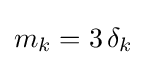
m_{k}=3\,\delta _{k}